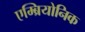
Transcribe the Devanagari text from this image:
एम्ब्रियोनिक